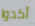
أكدوا